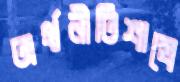
অর্থনীতিশাস্ত্রে